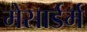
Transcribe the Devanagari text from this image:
मेसार्डर्म